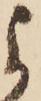
よ